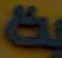
بد